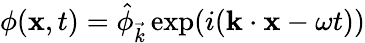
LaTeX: \begin{array}{r}{\phi(\mathbf{x},t)=\hat{\phi}_{\vec{k}}\exp(i(\mathbf{k}\cdot\mathbf{x}-\omega t))}\end{array}